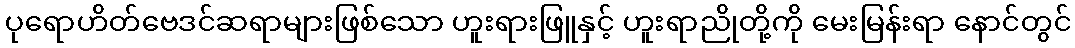
ပုရောဟိတ်ဗေဒင်ဆရာများဖြစ်သော ဟူးရားဖြူနှင့် ဟူးရာညိုတို့ကို မေးမြန်းရာ နောင်တွင်